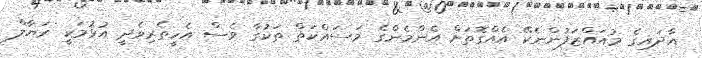
އާދައިގެ މުއައްޒަފުންނެކޭޭ އެއްގޮތަށް އެންމެންގެ މަސައްކަތް ތަކުގާ ވެސް އެހީތެރިވެދީ އުޅުމަކީ ރަޔާލް